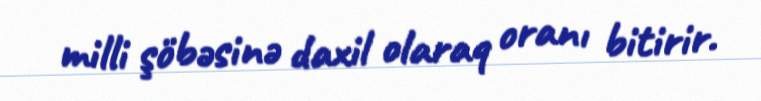
milli şöbəsinə daxil olaraq oranı bitirir.